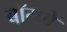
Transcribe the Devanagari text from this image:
बॉमबे